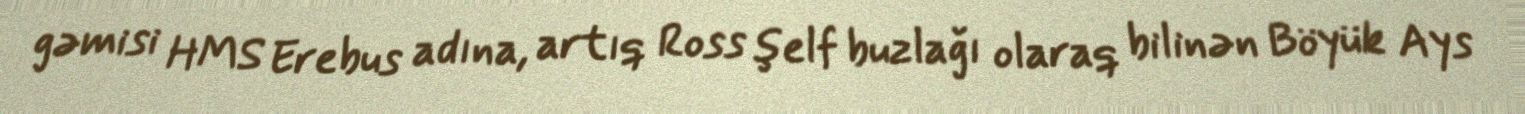
gəmisi HMS Erebus adına, artıq Ross şelf buzlağı olaraq bilinən Böyük Ays